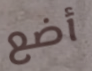
أضع